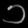
Digit: ၁